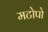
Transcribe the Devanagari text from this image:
मटोपो